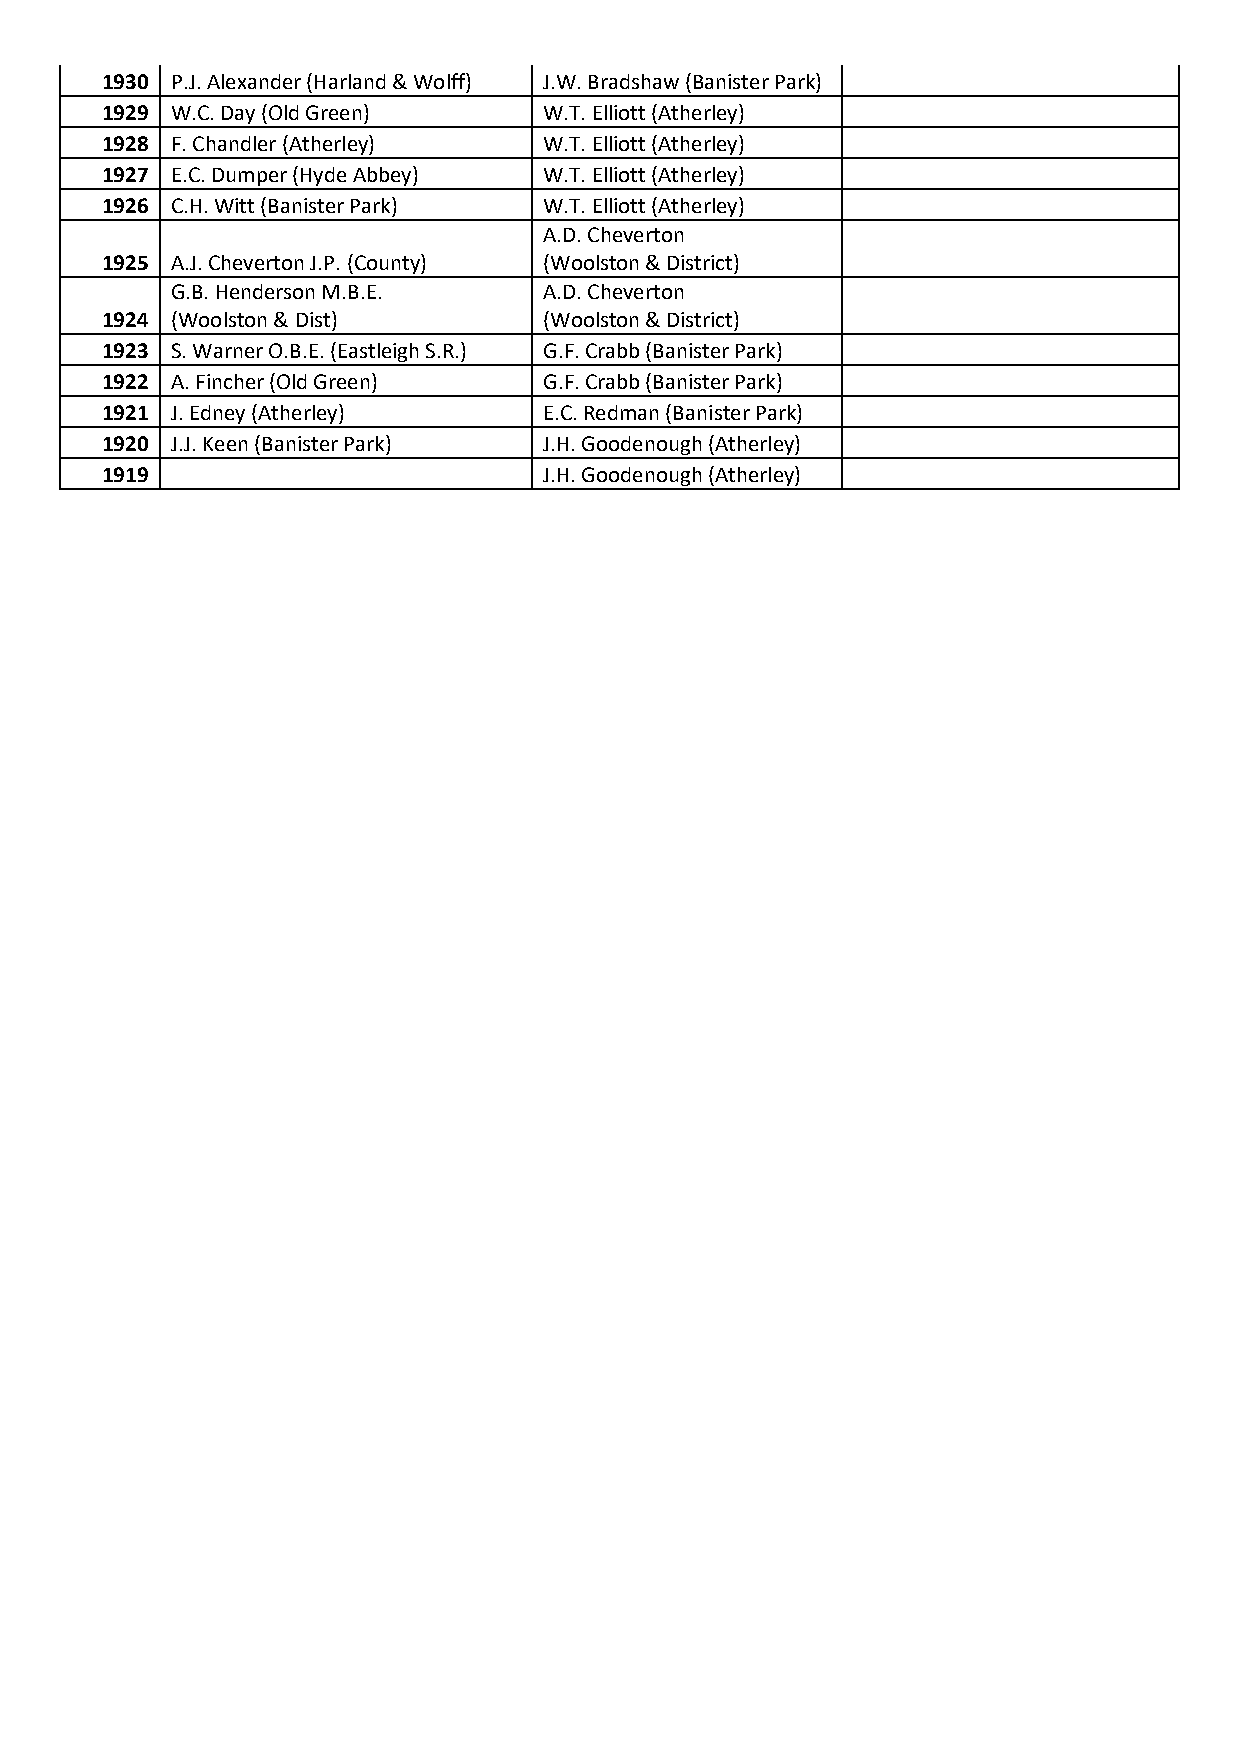
1930 P.J. Alexander (Harland & Wolff) J.W. Bradshaw (Banister Park)
 1929 W.C. Day (Old Green)    W.T. Elliott (Atherley)
 1928 F. Chandler (Atherley)  W.T. Elliott (Atherley)
 1927 E.C. Dumper (Hyde Abbey) W.T. Elliott (Atherley)
 1926 C.H. Witt (Banister Park) W.T. Elliott (Atherley)
 A.D. Cheverton
 1925 A.J. Cheverton J.P. (County) (Woolston & District)
 G.B. Henderson M.B.E.    A.D. Cheverton
 1924 (Woolston & Dist)       (Woolston & District)
 1923 S. Warner O.B.E. (Eastleigh S.R.) G.F. Crabb (Banister Park)
 1922 A. Fincher (Old Green)  G.F. Crabb (Banister Park)
 1921 J. Edney (Atherley)     E.C. Redman (Banister Park)
 1920 J.J. Keen (Banister Park) J.H. Goodenough (Atherley)
 1919                         J.H. Goodenough (Atherley)